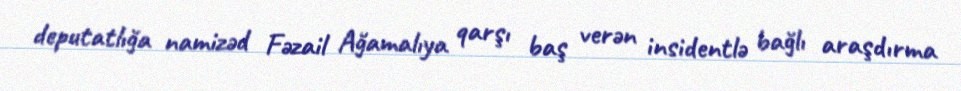
deputatlığa namizəd Fəzail Ağamalıya qarşı baş verən insidentlə bağlı araşdırma